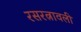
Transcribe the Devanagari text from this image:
रसरत्नावली